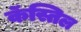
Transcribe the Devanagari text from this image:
कॅस्तिल